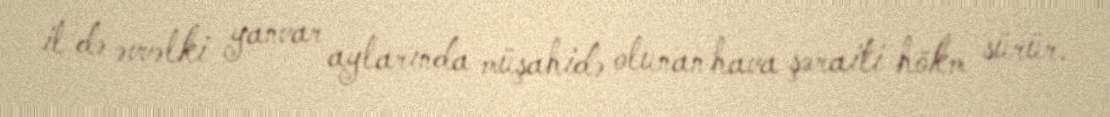
il də əvvəlki yanvar aylarında müşahidə olunan hava şəraiti hökm sürür.